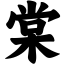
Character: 棠